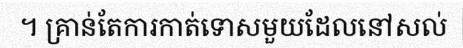
។ គ្រាន់តែការកាត់ទោសមួយដែលនៅសល់